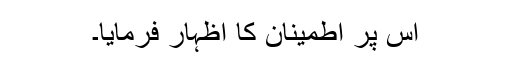
اس پر اطمینان کا اظہار فرمایا۔